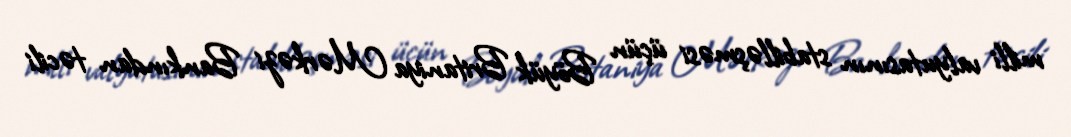
milli valyutasının stabilləşməsi üçün Böyük Britaniya Mərkəzi Bankından təcili